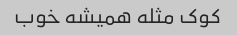
کوک مثله همیشه خوب